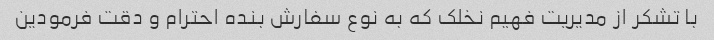
با تشکر از مدیریت فهیم نخلک که به نوع سفارش بنده احترام و دقت فرمودین